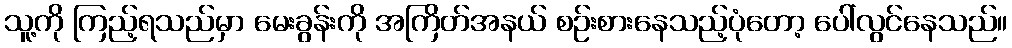
သူ့ကို ကြည့်ရသည်မှာ မေးခွန်းကို အကြိတ်အနယ် စဉ်းစားနေသည့်ပုံတော့ ပေါ်လွင်နေသည်။